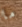
ما